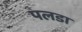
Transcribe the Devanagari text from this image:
पलडा